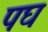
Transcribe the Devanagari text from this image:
पघ